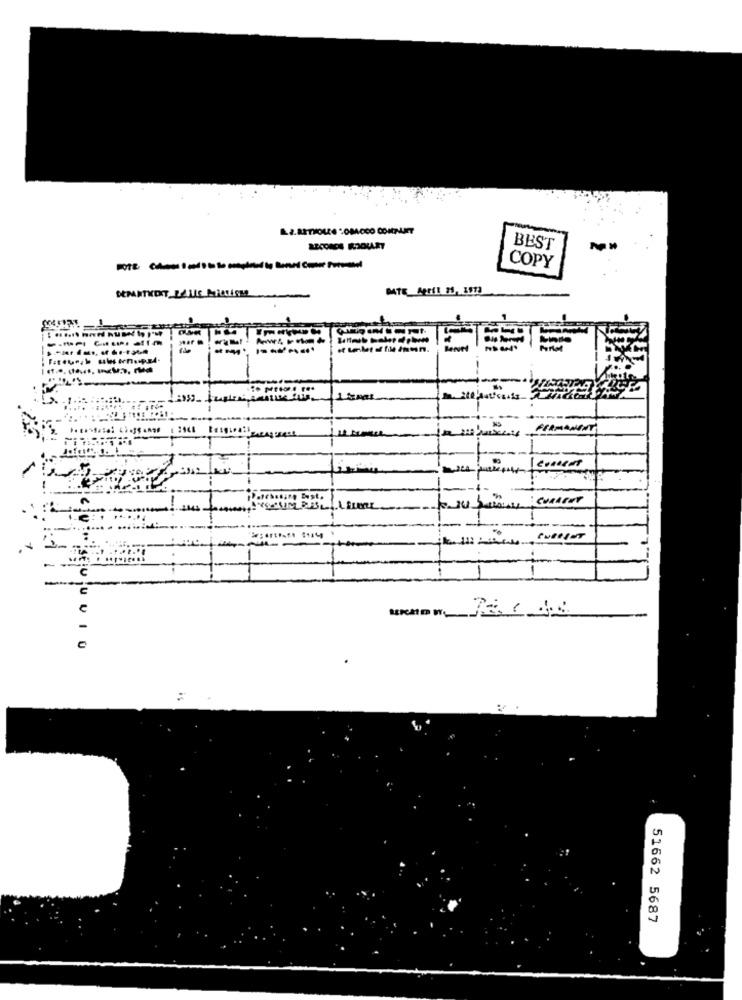
BEST
COPY
DEPARTMENT_ZAIRE PERRISME
---
FIRMAMENT
CURRENT
24.5
EOUVIU
51662 5687